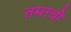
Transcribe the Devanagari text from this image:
तमाची